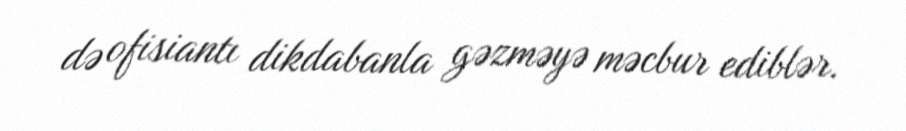
də ofisiantı dikdabanla gəzməyə məcbur ediblər.